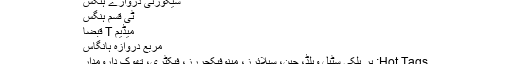
سیکورٹی دروازے ہنگس
ٹی قسم ہنگس
میڈیم T قبضا
مربع دروازہ ہانگاس
Hot Tags: پر ہلکی سٹیل ویلڈ، چین، سپلائرز، مینوفیکچررز، فیکٹری، تھوک دارومدار